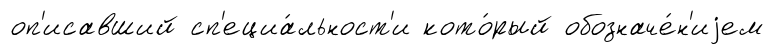
оп'исавший сп'ециа́льност'и кото́рый обозначе́н'иjем